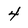
Character: 4